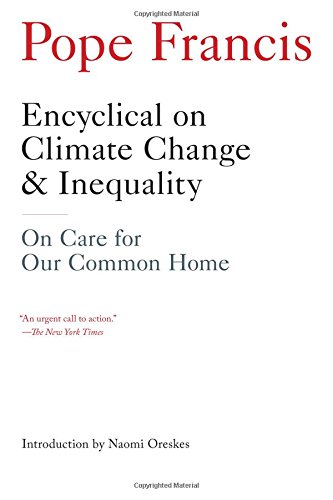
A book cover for Encyclical on Climate Change and Inequality: On Care for Our Common HomeÂ ; Pope Francis; Science & Math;